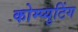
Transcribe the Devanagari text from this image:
कोम्प्युटिंग